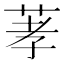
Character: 䓔